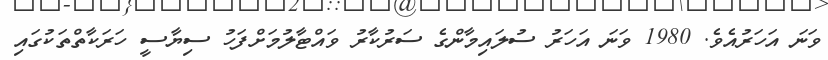
ވަނަ އަހަރުއެވެ. 1980 ވަނަ އަހަރު ސުލައިމާންގެ ސަރުކާރު ވައްޓާލުމަށްފަހު ސިޔާސީ ހަރަކާތްތަކުގައި